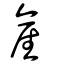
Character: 產